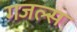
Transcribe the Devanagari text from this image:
गजल्स